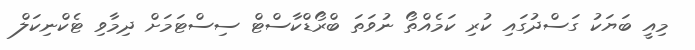
މިއީ ބަޔަކު ގަސްދުގައި ކުރި ކަމެއްތޯ ނުވަތަ ބްރޯޑްކާސްޓް ސިސްޓަމަށް ދިމާވި ޓެކްނިކަލް